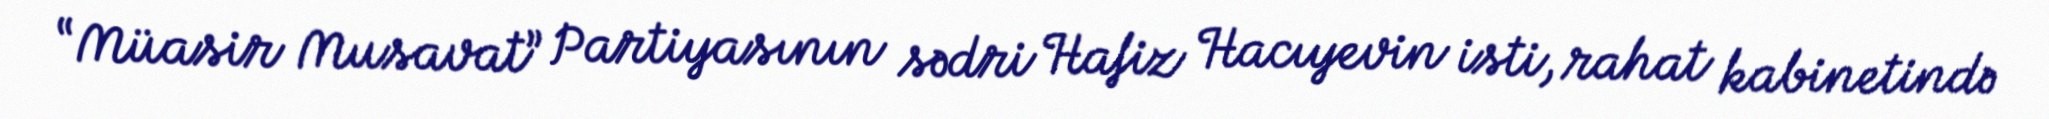
“Müasir Musavat” Partiyasının sədri Hafiz Hacıyevin isti, rahat kabinetində